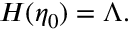
H ( \eta _ { 0 } ) = \Lambda .